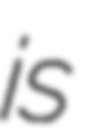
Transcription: is